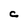
Character: C